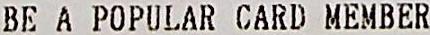
BE A POPULAR CARD MEMBER